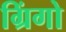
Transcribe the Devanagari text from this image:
ग्रिंगो